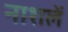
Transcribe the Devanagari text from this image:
नाशलें